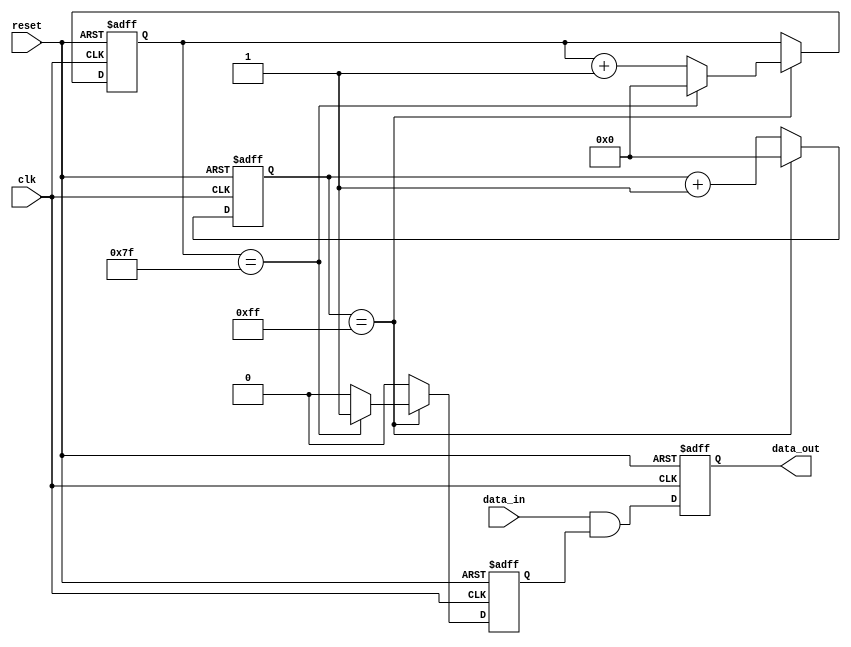
module ethernet_controller 
(
  input wire clk,
  input wire reset,
  input wire data_in,
  output reg data_out
);

reg [7:0] counter;
reg [7:0] divider;
reg synchronization_logic;

always @(posedge clk or posedge reset)
begin
  if (reset)
  begin
    counter <= 8'd0;
    divider <= 8'd0;
    synchronization_logic <= 1'b0;
  end
  else
  begin
    if (counter == 8'd255)
    begin
      counter <= 8'd0;
      if (divider == 8'd127)
      begin
        divider <= 8'd0;
        synchronization_logic <= 1'b1;
      end
      else
      begin
        divider <= divider + 1;
        synchronization_logic <= 1'b0;
      end
    end
    else
    begin
      counter <= counter + 1;
      synchronization_logic <= 1'b0;
    end
  end
end

always @(posedge clk or posedge reset)
begin
  if (reset)
  begin
    data_out <= 1'b0;
  end
  else
  begin
    data_out <= data_in & synchronization_logic;
  end
end

endmodule